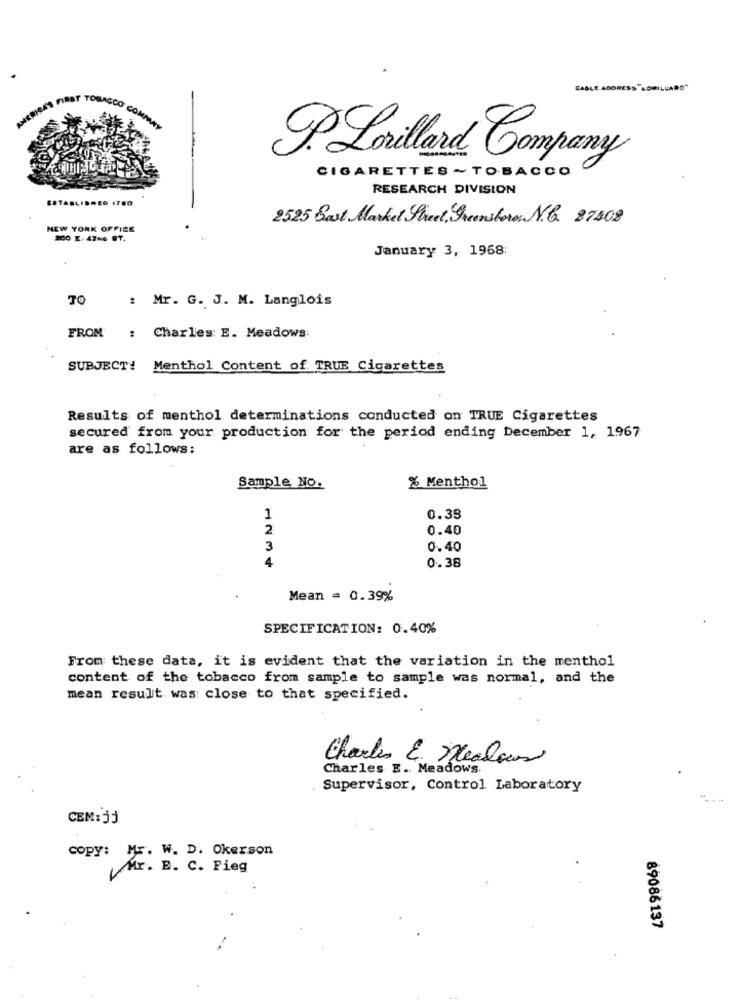
CAB
P. Lorillard Company
CIGARETTES ~TOBACCO
RESEARCH DIVISION
ESTABLISHED 1780
2525 Bast Market Street, Greenstores N .. 87408
NEW YORK OFFICE
SCO E. 42-6 ST.
January 3, 1968
TO
: Mr. G. J. M. Langlois
FROM
: Charles E. Meadows:
SUBJECT! Menthol Content of TRUE Cigarettes
Results of menthol determinations conducted on TRUE Cigarettes
secured from your production for the period ending December 1, 1967
are as follows:
Sample NO.
% Menthol
1
0.35
2
0.40
3
0.40
0.38
Mean = 0.39%
SPECIFICATION: 0.40%
From these data, it is evident that the variation in the menthol
content of the tobacco from sample to sample was normal, and the
mean result was close to that specified.
Charles &. Meadows
Charles E .. Meadows.
. Supervisor, Control Laboratory
CEM:51
copy: Mr. W. D. Okerson
Mr. E. C. Fieg
89086137